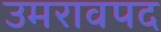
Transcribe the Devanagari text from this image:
उमरावपद